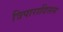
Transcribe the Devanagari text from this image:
त्रिपारादिसस